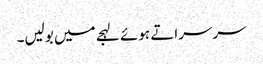
سرسراتے ہوئے لہجے میں بولیں۔